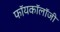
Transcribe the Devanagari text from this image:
फॉयकॉलॉजी